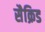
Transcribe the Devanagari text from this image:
सैक्रिड